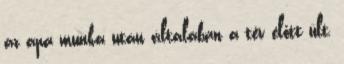
az apa munka után általában a tév előtt ült,